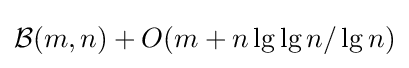
{\mathcal {B}}(m,n)+O(m+n\lg \lg n/\lg n)